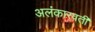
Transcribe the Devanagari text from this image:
अलंकारवती